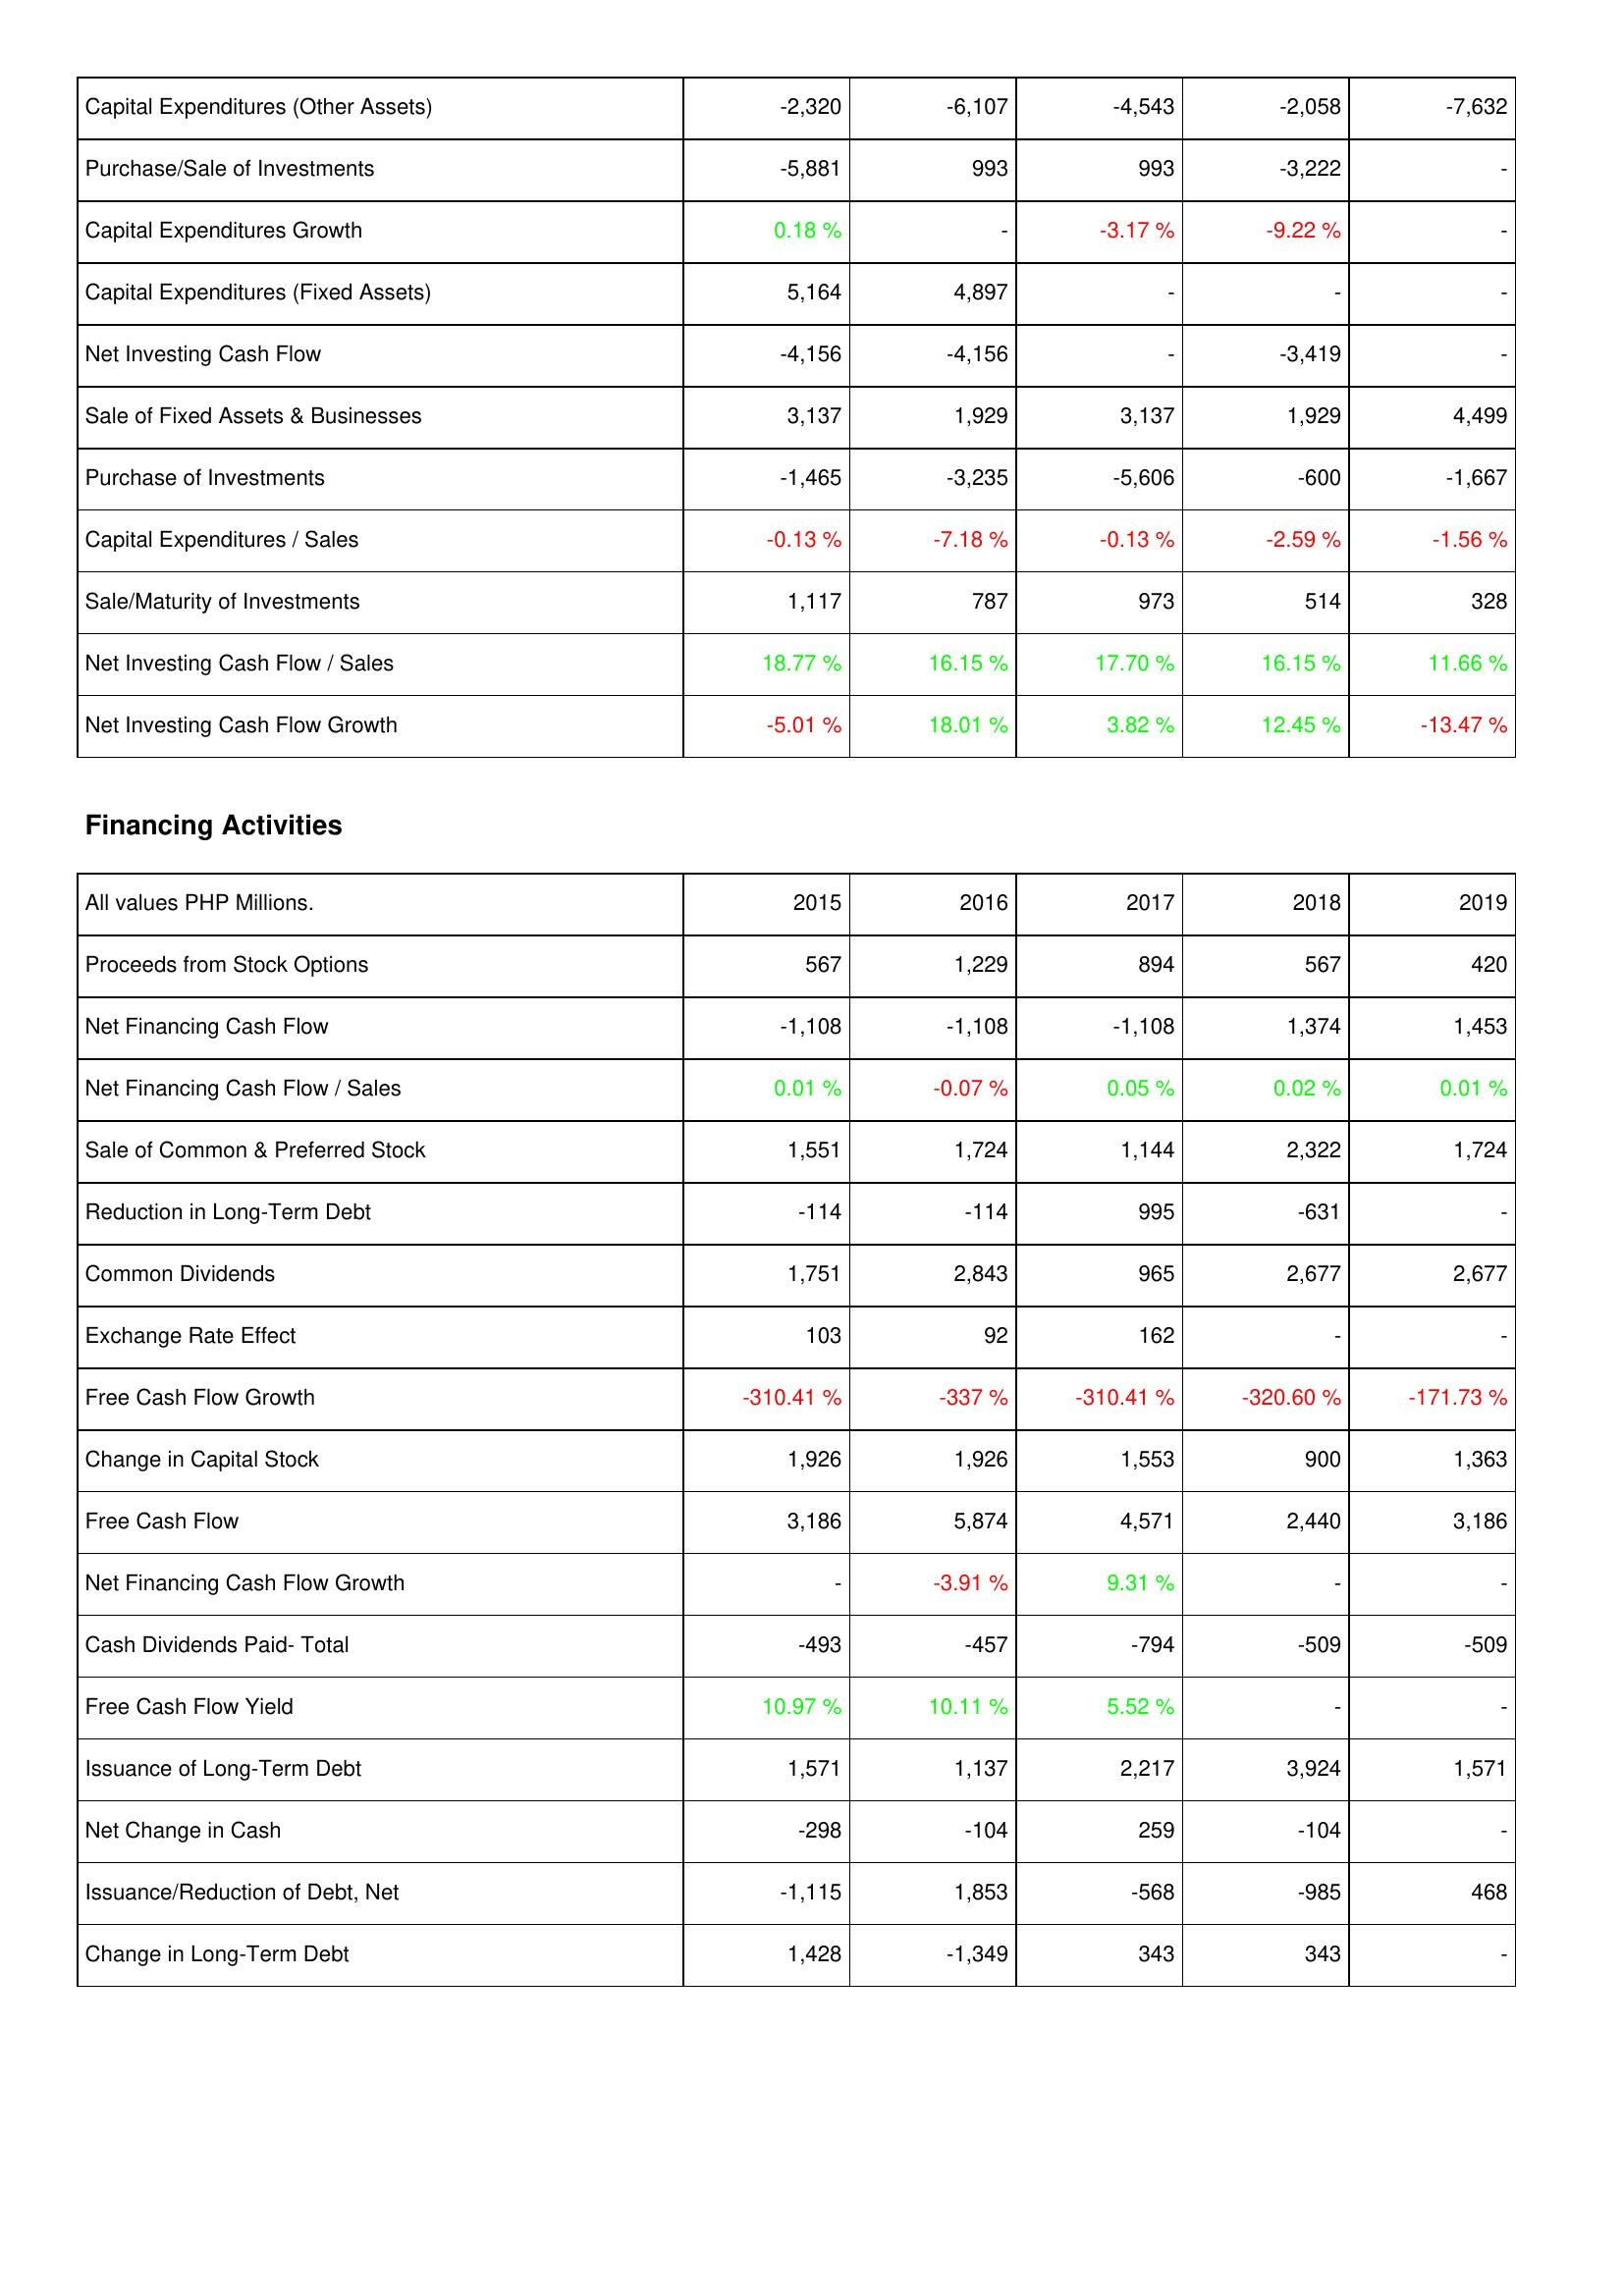
2015: Investing Activities: Capital Expenditures (Other Assets): -2,320
Purchase/Sale of Investments: -5,881
Capital Expenditures Growth: 0.18 %
Capital Expenditures (Fixed Assets): 5,164
Net Investing Cash Flow: -4,156
Sale of Fixed Assets & Businesses: 3,137
Purchase of Investments: -1,465
Capital Expenditures / Sales: -0.13 %
Sale/Maturity of Investments: 1,117
Net Investing Cash Flow / Sales: 18.77 %
Net Investing Cash Flow Growth: -5.01 %
Financing Activities: Proceeds from Stock Options: 567
Net Financing Cash Flow: -1,108
Net Financing Cash Flow / Sales: 0.01 %
Sale of Common & Preferred Stock: 1,551
Reduction in Long-Term Debt: -114
Common Dividends: 1,751
Exchange Rate Effect: 103
Free Cash Flow Growth: -310.41 %
Change in Capital Stock: 1,926
Free Cash Flow: 3,186
Net Financing Cash Flow Growth: -
Cash Dividends Paid- Total: -493
Free Cash Flow Yield: 10.97 %
Issuance of Long-Term Debt: 1,571
Net Change in Cash: -298
Issuance/Reduction of Debt, Net: -1,115
Change in Long-Term Debt: 1,428
2016: Investing Activities: Capital Expenditures (Other Assets): -6,107
Purchase/Sale of Investments: 993
Capital Expenditures Growth: -
Capital Expenditures (Fixed Assets): 4,897
Net Investing Cash Flow: -4,156
Sale of Fixed Assets & Businesses: 1,929
Purchase of Investments: -3,235
Capital Expenditures / Sales: -7.18 %
Sale/Maturity of Investments: 787
Net Investing Cash Flow / Sales: 16.15 %
Net Investing Cash Flow Growth: 18.01 %
Financing Activities: Proceeds from Stock Options: 1,229
Net Financing Cash Flow: -1,108
Net Financing Cash Flow / Sales: -0.07 %
Sale of Common & Preferred Stock: 1,724
Reduction in Long-Term Debt: -114
Common Dividends: 2,843
Exchange Rate Effect: 92
Free Cash Flow Growth: -337 %
Change in Capital Stock: 1,926
Free Cash Flow: 5,874
Net Financing Cash Flow Growth: -3.91 %
Cash Dividends Paid- Total: -457
Free Cash Flow Yield: 10.11 %
Issuance of Long-Term Debt: 1,137
Net Change in Cash: -104
Issuance/Reduction of Debt, Net: 1,853
Change in Long-Term Debt: -1,349
2017: Investing Activities: Capital Expenditures (Other Assets): -4,543
Purchase/Sale of Investments: 993
Capital Expenditures Growth: -3.17 %
Capital Expenditures (Fixed Assets): -
Net Investing Cash Flow: -
Sale of Fixed Assets & Businesses: 3,137
Purchase of Investments: -5,606
Capital Expenditures / Sales: -0.13 %
Sale/Maturity of Investments: 973
Net Investing Cash Flow / Sales: 17.70 %
Net Investing Cash Flow Growth: 3.82 %
Financing Activities: Proceeds from Stock Options: 894
Net Financing Cash Flow: -1,108
Net Financing Cash Flow / Sales: 0.05 %
Sale of Common & Preferred Stock: 1,144
Reduction in Long-Term Debt: 995
Common Dividends: 965
Exchange Rate Effect: 162
Free Cash Flow Growth: -310.41 %
Change in Capital Stock: 1,553
Free Cash Flow: 4,571
Net Financing Cash Flow Growth: 9.31 %
Cash Dividends Paid- Total: -794
Free Cash Flow Yield: 5.52 %
Issuance of Long-Term Debt: 2,217
Net Change in Cash: 259
Issuance/Reduction of Debt, Net: -568
Change in Long-Term Debt: 343
2018: Investing Activities: Capital Expenditures (Other Assets): -2,058
Purchase/Sale of Investments: -3,222
Capital Expenditures Growth: -9.22 %
Capital Expenditures (Fixed Assets): -
Net Investing Cash Flow: -3,419
Sale of Fixed Assets & Businesses: 1,929
Purchase of Investments: -600
Capital Expenditures / Sales: -2.59 %
Sale/Maturity of Investments: 514
Net Investing Cash Flow / Sales: 16.15 %
Net Investing Cash Flow Growth: 12.45 %
Financing Activities: Proceeds from Stock Options: 567
Net Financing Cash Flow: 1,374
Net Financing Cash Flow / Sales: 0.02 %
Sale of Common & Preferred Stock: 2,322
Reduction in Long-Term Debt: -631
Common Dividends: 2,677
Exchange Rate Effect: -
Free Cash Flow Growth: -320.60 %
Change in Capital Stock: 900
Free Cash Flow: 2,440
Net Financing Cash Flow Growth: -
Cash Dividends Paid- Total: -509
Free Cash Flow Yield: -
Issuance of Long-Term Debt: 3,924
Net Change in Cash: -104
Issuance/Reduction of Debt, Net: -985
Change in Long-Term Debt: 343
2019: Investing Activities: Capital Expenditures (Other Assets): -7,632
Purchase/Sale of Investments: -
Capital Expenditures Growth: -
Capital Expenditures (Fixed Assets): -
Net Investing Cash Flow: -
Sale of Fixed Assets & Businesses: 4,499
Purchase of Investments: -1,667
Capital Expenditures / Sales: -1.56 %
Sale/Maturity of Investments: 328
Net Investing Cash Flow / Sales: 11.66 %
Net Investing Cash Flow Growth: -13.47 %
Financing Activities: Proceeds from Stock Options: 420
Net Financing Cash Flow: 1,453
Net Financing Cash Flow / Sales: 0.01 %
Sale of Common & Preferred Stock: 1,724
Reduction in Long-Term Debt: -
Common Dividends: 2,677
Exchange Rate Effect: -
Free Cash Flow Growth: -171.73 %
Change in Capital Stock: 1,363
Free Cash Flow: 3,186
Net Financing Cash Flow Growth: -
Cash Dividends Paid- Total: -509
Free Cash Flow Yield: -
Issuance of Long-Term Debt: 1,571
Net Change in Cash: -
Issuance/Reduction of Debt, Net: 468
Change in Long-Term Debt: -